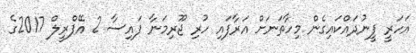
އަހަރީ ފީނުދައްކައިގެން މިހާތަނަށް އަރާފައި ހުރި ޖޫރިމަނާ ފައިސާ 2 އޭޕްރީލް 2017ގެ